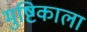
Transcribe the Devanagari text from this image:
मुष्टिकाला